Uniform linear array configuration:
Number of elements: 24
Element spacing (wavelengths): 0.75
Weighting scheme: kaiser
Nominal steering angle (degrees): -30
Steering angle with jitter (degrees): -29.099
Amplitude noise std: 0.05
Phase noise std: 0.05

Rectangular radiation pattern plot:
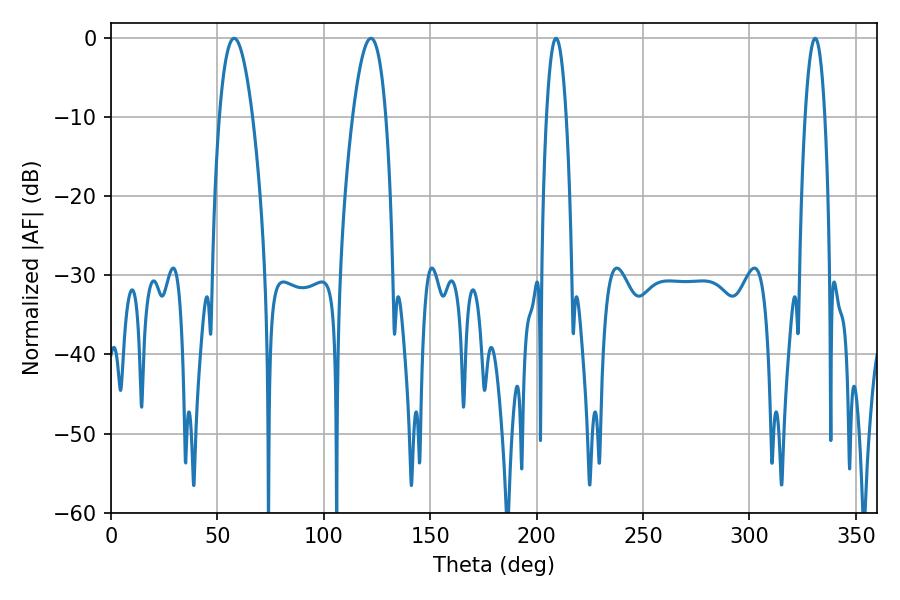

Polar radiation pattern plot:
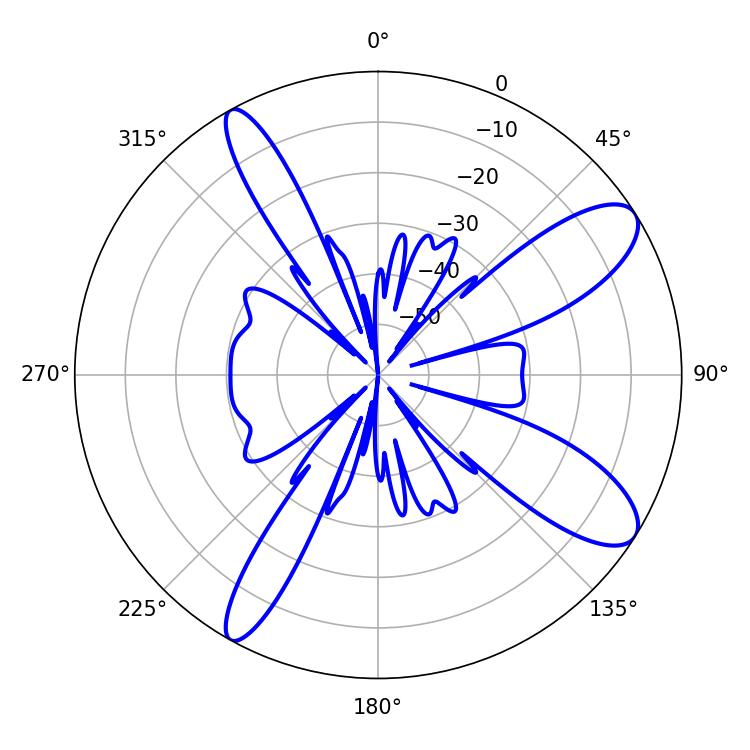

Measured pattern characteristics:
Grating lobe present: TRUE
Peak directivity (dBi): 10.48
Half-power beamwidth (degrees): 5.04
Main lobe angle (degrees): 330.84